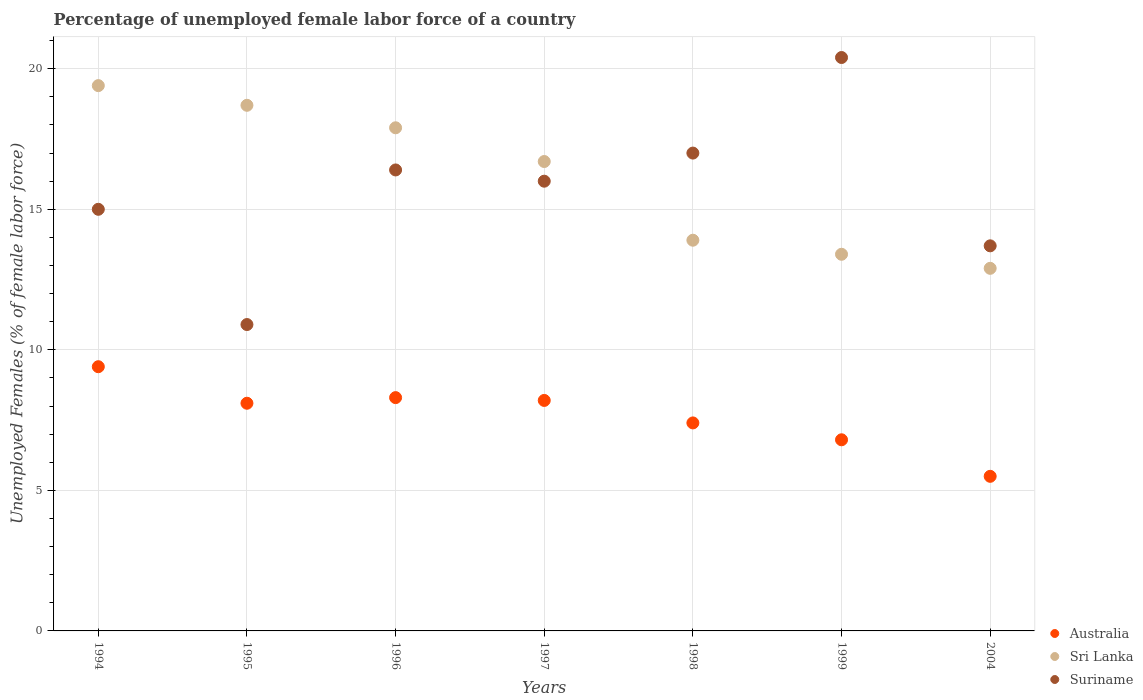
| Years | Australia | Sri Lanka | Suriname |
 | --- | --- | --- | --- |
 | 1994 | 9.4 | 19.4 | 15 |
 | 1995 | 8.1 | 18.7 | 10.9 |
 | 1996 | 8.3 | 17.9 | 16.4 |
 | 1997 | 8.2 | 16.7 | 16 |
 | 1998 | 7.4 | 13.9 | 17 |
 | 1999 | 6.8 | 13.4 | 20.4 |
 | 2004 | 5.5 | 12.9 | 13.7 |